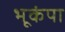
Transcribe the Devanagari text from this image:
भूकंपा